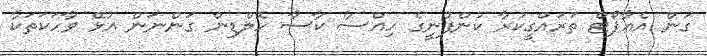
ގަން އެއާޕޯޓް ތަރައްގީކުރާ ކުންފުނީގެ ހިއްސާ ކާސާ ހޮލްޑިން ގަންނަން އުޅޭ ވާހަކަތަކާ